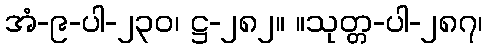
အံ-၉-ပါ-၂၃၀၊ ဋ္ဌ-၂၈၂။ ။သုတ္တ-ပါ-၂၈၇၊